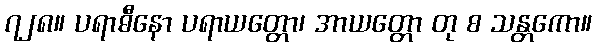
၇၂၈။ ပရာဓီနော ပရာယတ္တော၊ အာယတ္တော တု စ သန္တကော။